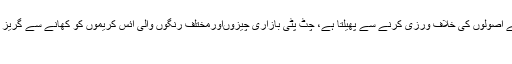
ہیضہ حفظان صحت کے اصولوں کی خلاف ورزی کرنے سے پھیلتا ہے، چٹ پٹی بازاری چیزوںاورمختلف رنگوں والی آئس کریموں کو کھانے سے گریز کیا جائے ،ماہرین طب
اسلام آباد ۔